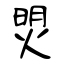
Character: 焽